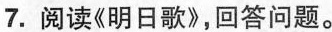
7.阅读《明日歌》，回答问题。